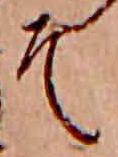
そ